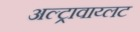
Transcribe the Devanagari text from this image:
अल्ट्रावाय्लट